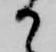
か